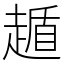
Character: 䞺